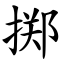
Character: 掷